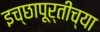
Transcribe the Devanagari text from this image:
इच्छापूर्तीच्या